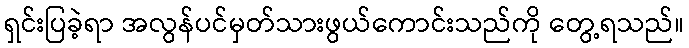
ရှင်းပြခဲ့ရာ အလွန်ပင်မှတ်သားဖွယ်ကောင်းသည်ကို တွေ့ရသည်။